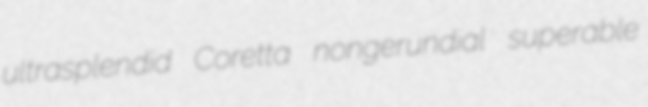
ultrasplendid Coretta nongerundial superable